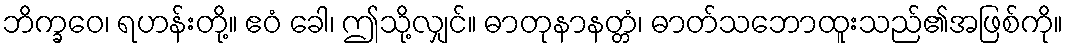
ဘိက္ခဝေ၊ ရဟန်းတို့။ ဧဝံ ခေါ၊ ဤသို့လျှင်။ ဓာတုနာနတ္တံ၊ ဓာတ်သဘောထူးသည်၏အဖြစ်ကို။